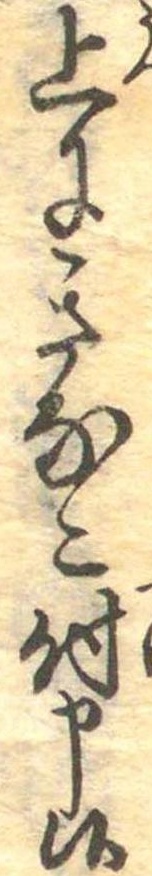
上にきなこ付申候